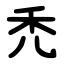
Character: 禿